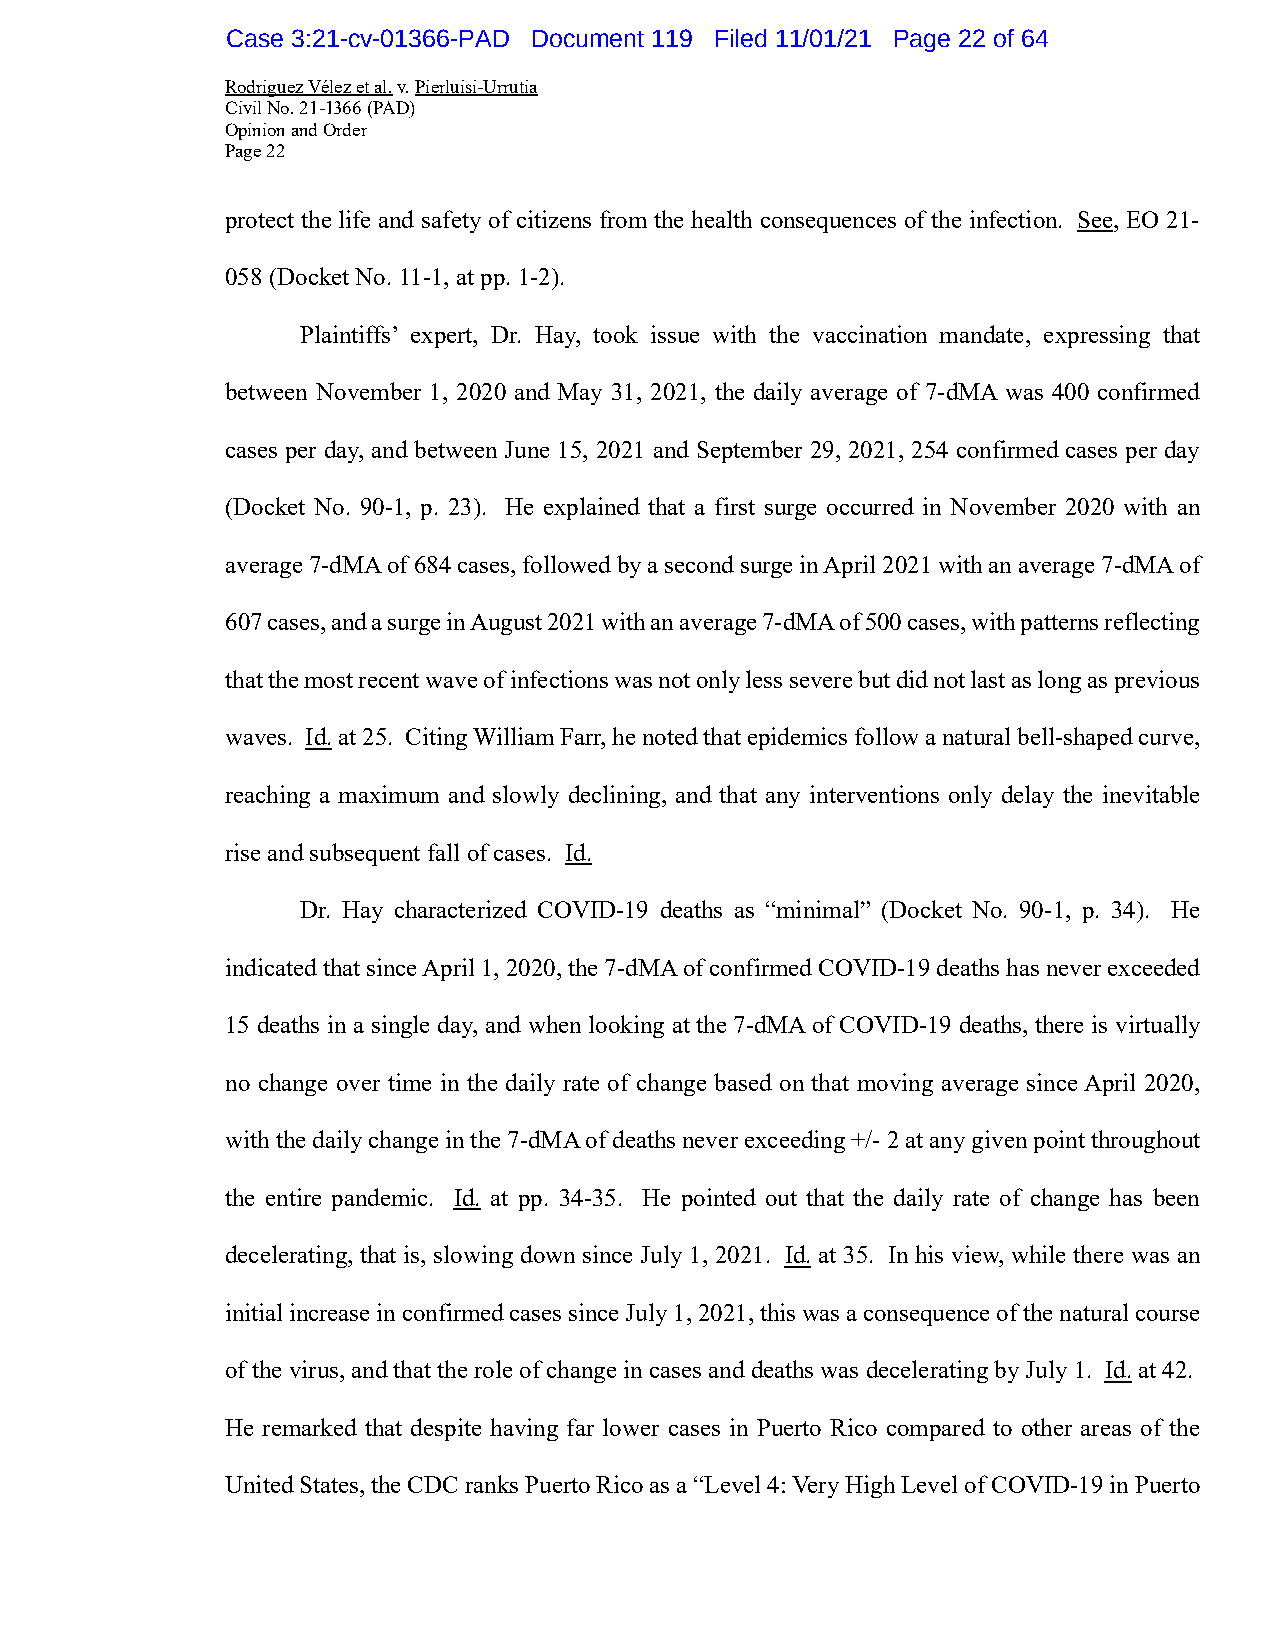
Case 3:21-cv-01366-PAD Document 119 Filed 11/01/21 Page 22 of 64
 Rodriguez Vélez et al. v. Pierluisi-Urrutia
 Civil No. 21-1366 (PAD)
 Opinion and Order
 Page 22
 protect the life and safety of citizens from the health consequences of the infection. See, EO 21-
 058 (Docket No. 11-1, at pp. 1-2).
 Plaintiffs’ expert, Dr. Hay, took issue with the vaccination mandate, expressing that
 between November 1, 2020 and May 31, 2021, the daily average of 7-dMA was 400 confirmed
 cases per day, and between June 15, 2021 and September 29, 2021, 254 confirmed cases per day
 (Docket No. 90-1, p. 23). He explained that a first surge occurred in November 2020 with an
 average 7-dMA of 684 cases, followed by a second surge in April 2021 with an average 7-dMA of
 607 cases, and a surge in August 2021 with an average 7-dMA of 500 cases, with patterns reflecting
 that the most recent wave of infections was not only less severe but did not last as long as previous
 waves. Id. at 25. Citing William Farr, he noted that epidemics follow a natural bell-shaped curve,
 reaching a maximum and slowly declining, and that any interventions only delay the inevitable
 rise and subsequent fall of cases. Id.
 Dr. Hay characterized COVID-19 deaths as “minimal” (Docket No. 90-1, p. 34). He
 indicated that since April 1, 2020, the 7-dMA of confirmed COVID-19 deaths has never exceeded
 15 deaths in a single day, and when looking at the 7-dMA of COVID-19 deaths, there is virtually
 no change over time in the daily rate of change based on that moving average since April 2020,
 with the daily change in the 7-dMA of deaths never exceeding +/- 2 at any given point throughout
 the entire pandemic. Id. at pp. 34-35. He pointed out that the daily rate of change has been
 decelerating, that is, slowing down since July 1, 2021. Id. at 35. In his view, while there was an
 initial increase in confirmed cases since July 1, 2021, this was a consequence of the natural course
 of the virus, and that the role of change in cases and deaths was decelerating by July 1. Id. at 42.
 He remarked that despite having far lower cases in Puerto Rico compared to other areas of the
 United States, the CDC ranks Puerto Rico as a “Level 4: Very High Level of COVID-19 in Puerto